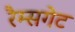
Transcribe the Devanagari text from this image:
रैम्सगेट